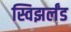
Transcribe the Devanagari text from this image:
स्विझर्लंड